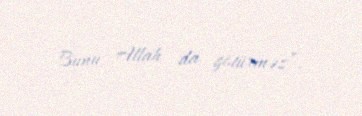
Bunu Allah da götürməz”.